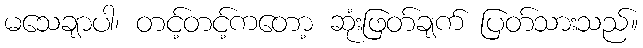
မသေချာပါ၊ တင့်တင့်ကတော့ ဆုံးဖြတ်ချက် ပြတ်သားသည်။